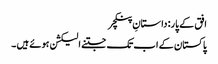
افق کے پار: داستانِ پنکچر
پاکستان کے اب تک جتنے الیکشن ہوئے ہیں ۔